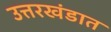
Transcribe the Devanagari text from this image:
उत्तरखंडात